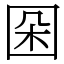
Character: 𡇙